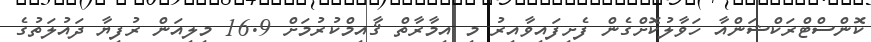
ކޮންސްޓްރަކްޝަންއާ ހަވާލުކޮށްގެން ފެށިފައިވާއިރު މި އިމާރާތް ޤާއިމްކުރުމަށް 16.9 މިލިއަން ރުފިޔާ ދައުލަތުގެ